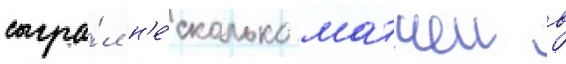
сыгра́л н'е́сколько матчеи в